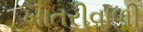
ખાતરીવાળી